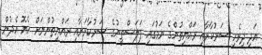
އަދި ދިވެހި ސަރުކާރާއި ރައްޔިތުންގެ ނަމުގައި ފަލަސްތީނުގެ ސަރުކާރަށާއި ރައްޔިތުންނަށް ހެޔޮ އެދުން